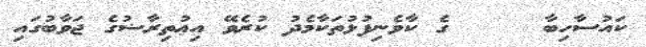
ކައުސާހިބާ     ގެ ކާވެނިފުޅުތަކާމެދު ކުރެވޭ އިޢުތިރާޟުގެ ޖަވާބުގައި